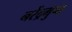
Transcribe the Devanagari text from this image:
नरेंद्रगुप्त